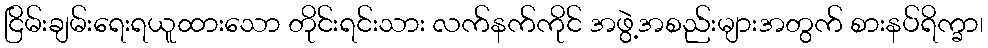
ငြိမ်းချမ်းရေးရယူထားသော တိုင်းရင်းသား လက်နက်ကိုင် အဖွဲ့အစည်းများအတွက် စားနပ်ရိက္ခာ၊